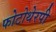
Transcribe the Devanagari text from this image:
फोटोथेरपी